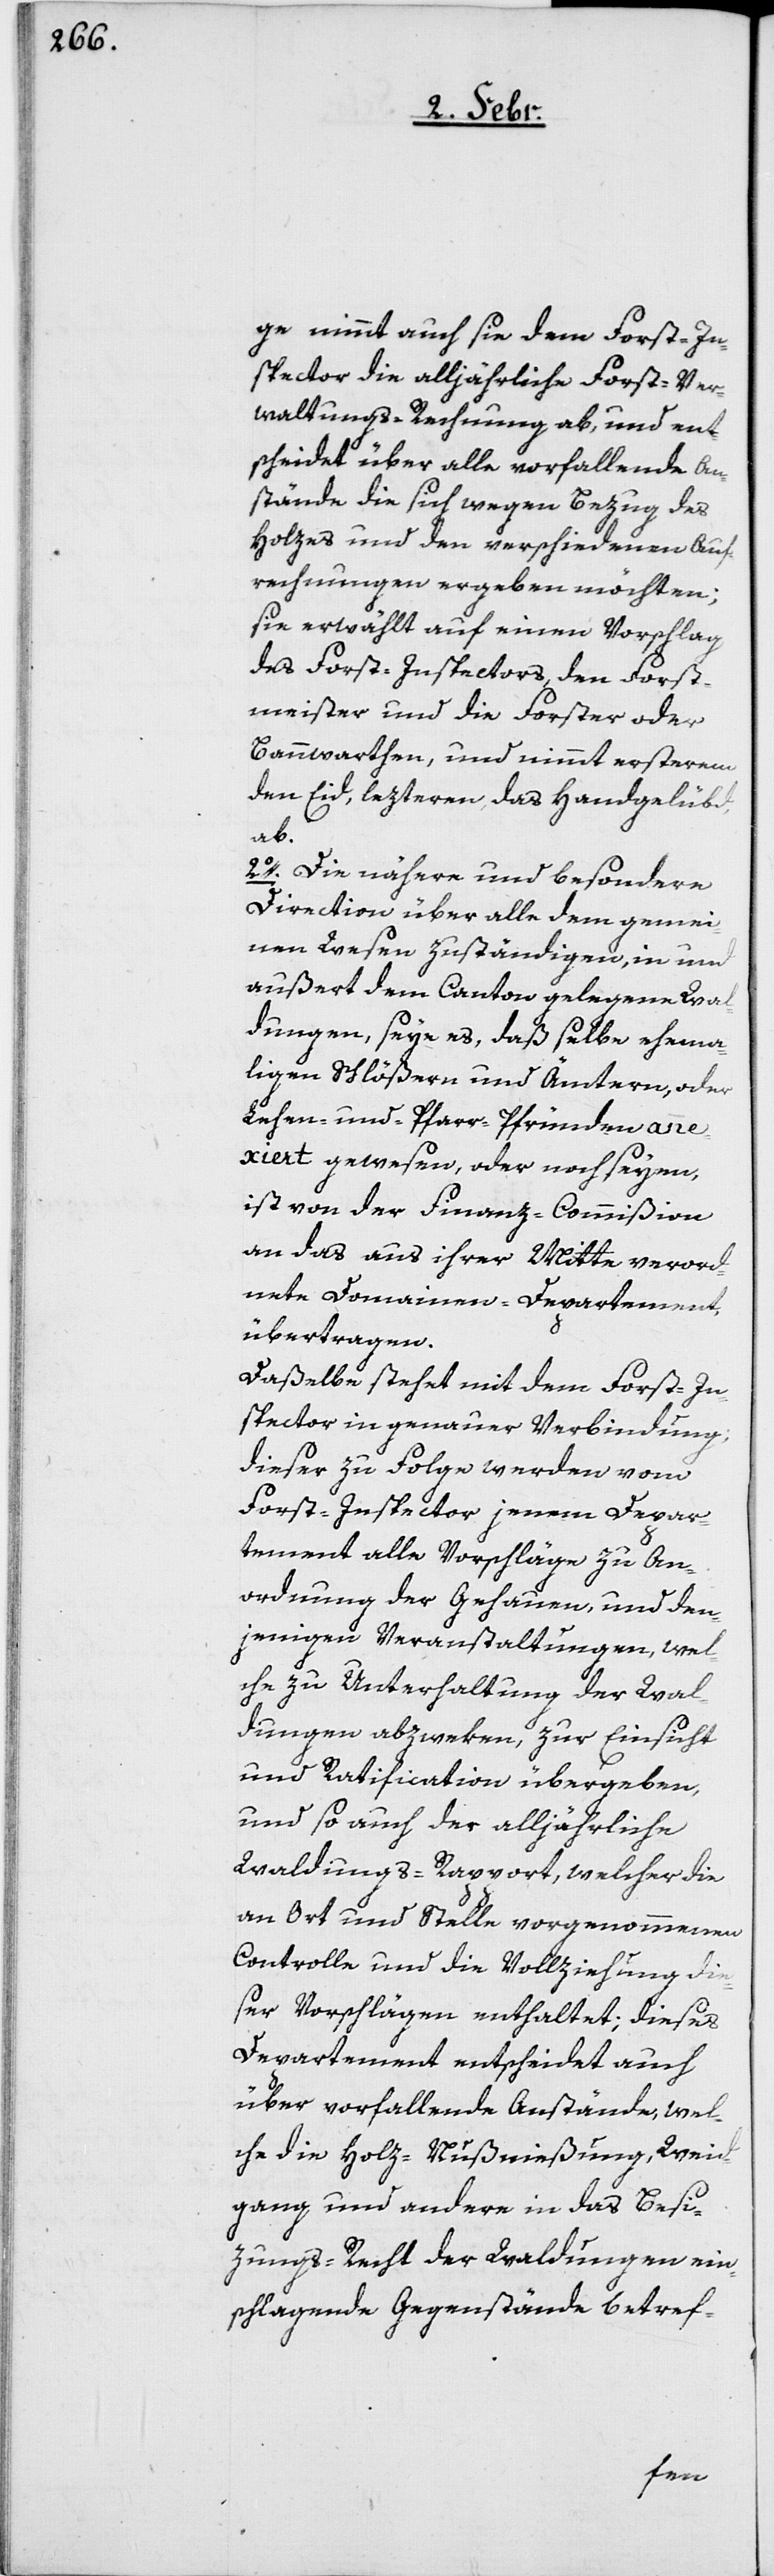
ge nimmt auch sie dem Forst-In¬
spector die alljährliche Forst-Ver¬
waltungs-Rechnung ab, und ent¬
scheidet über alle vorfallende An¬
stände, die sich wegen Bezug des
Holzes und den verschiedenen Auf¬
rechnungen ergeben möchten;
sie erwählt auf einen Vorschlag
des Forst-Inspectors, den Forst¬
meister und die Forster oder
Bannwarthen, und nimmt ersterem
den Eid, lezteren das Handgelübt
ab.
2o. Die nähere und besondere
Direction über alle dem gemei¬
nen Wesen zuständigen, in und
außert dem Canton gelegene Wal¬
dungen, seye es, daß selbe ehema¬
ligen Schlößern und Ämtern, oder
Lehen- und Pfarr-Pfründen anne¬
xiert gewesen, oder noch seyen,
ist von der Finanz-Commißion
an das aus ihrer Mitte verord¬
neten Domainen-Departement
übertragen.
Daßelbe stehet mit dem Forst-In¬
spector in genauer Verbindung;
dieser zu Folge werden vom
Forst-Inspector jenem Depar¬
tement alle Vorschläge zu An¬
ordnung der Gehauen, und den¬
jenigen Veranstaltungen, wel¬
che zu Unterhaltung der Wal¬
dungen abzweken, zur Einsicht
und Ratification übergeben,
und so auch der alljährliche
Waldungs-Rapport, welcher die
an Ort und Stelle vorgenommenen
Controlle und die Vollziehung die¬
ser Vorschlägen enthaltet; dieses
Departement entscheidet auch
über vorfallende Anstände, wel¬
che die Holz-Nußnießung, Weid¬
gang und andere in das Besi¬
zungs-Recht der Waldungen ein¬
schlagende Gegenstände betref-